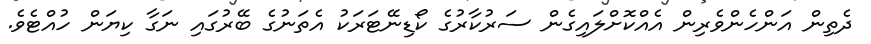
ދެތިން އަންހެންވެރިން އެއްކޮށްލައިގެން ސަރުކާރުގެ ކޯޑިނޭޓަރަކު އެތަނުގެ ބޭރުގައި ނަގާ ކިޔަން ހުއްޓެވެ.